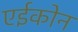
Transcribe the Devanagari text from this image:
एईकोन